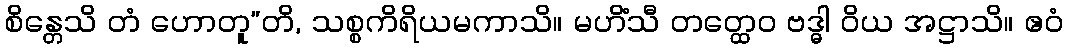
စိန္တေသိ တံ ဟောတူ”တိ, သစ္စကိရိယမကာသိ။ မဟိံသီ တတ္ထေဝ ဗဒ္ဓါ ဝိယ အဋ္ဌာသိ။ ဧဝံ